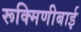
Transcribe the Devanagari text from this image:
रूक्मिणीबाई